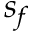
s _ { f }